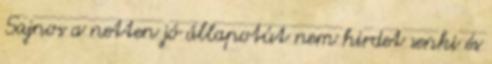
Sajnos a netten jó állapotút nem hirdet senki és